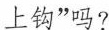
上钩”吗?